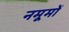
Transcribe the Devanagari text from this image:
नमूमों